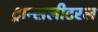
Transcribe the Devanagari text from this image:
ट्रान्सलीटरल